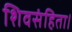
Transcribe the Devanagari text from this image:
शिवसंहिता।